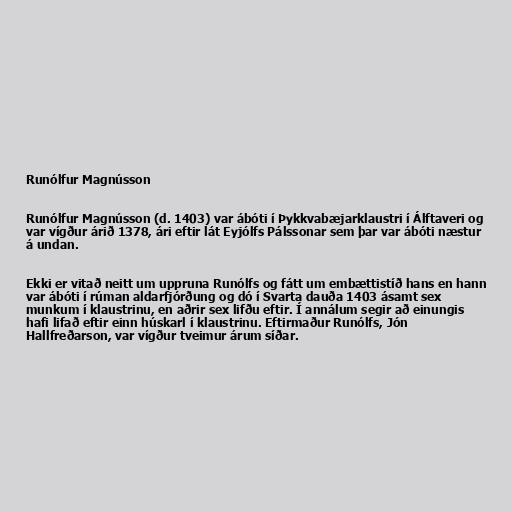
Runólfur Magnússon

Runólfur Magnússon (d. 1403) var ábóti í Þykkvabæjarklaustri í Álftaveri og
var vígður árið 1378, ári eftir lát Eyjólfs Pálssonar sem þar var ábóti næstur
á undan.

Ekki er vitað neitt um uppruna Runólfs og fátt um embættistíð hans en hann
var ábóti í rúman aldarfjórðung og dó í Svarta dauða 1403 ásamt sex
munkum í klaustrinu, en aðrir sex lifðu eftir. Í annálum segir að einungis
hafi lifað eftir einn húskarl í klaustrinu. Eftirmaður Runólfs, Jón
Hallfreðarson, var vígður tveimur árum síðar.